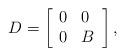
LaTeX: \begin{align*}D=\left[\begin{array}{ll}0&0\\0&B\end{array}\right],\end{align*}